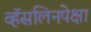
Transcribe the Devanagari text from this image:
व्हॅसलिनपेक्षा